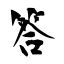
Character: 答